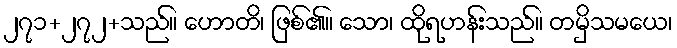
၂၇၁+၂၇၂+သည်။ ဟောတိ၊ ဖြစ်၏။ သော၊ ထိုရဟန်းသည်။ တမှိသမယေ၊